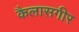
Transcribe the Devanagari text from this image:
कैलासगीर